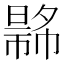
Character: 𢄾